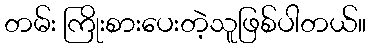
တမ်း ကြိုးစားပေးတဲ့သူဖြစ်ပါတယ်။